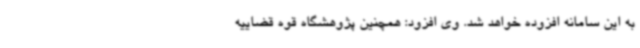
به این سامانه افزوده خواهد شد. وی افزود: همچنین پژوهشگاه قوه قضاییه